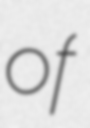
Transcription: of